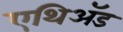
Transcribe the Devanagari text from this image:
एथिॲड